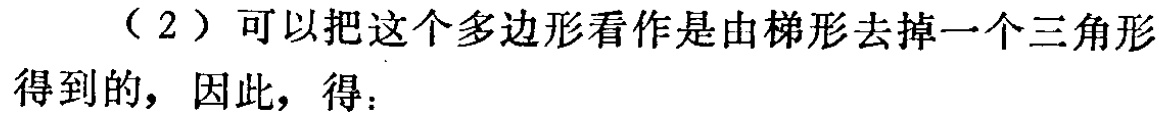
（2）可以把这个多边形看作是由梯形去掉一个三角形得到的，因此，得：